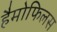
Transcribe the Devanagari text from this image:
हैमोफिलस